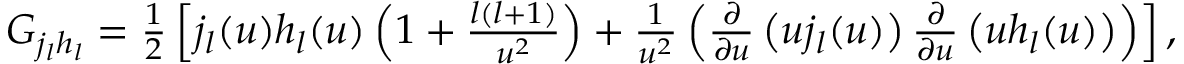
\begin{array} { r } { G _ { j _ { l } h _ { l } } = \frac { 1 } { 2 } \left[ j _ { l } ( u ) h _ { l } ( u ) \left( 1 + \frac { l ( l + 1 ) } { u ^ { 2 } } \right) + \frac { 1 } { u ^ { 2 } } \left( \frac { \partial } { \partial u } \left( u j _ { l } ( u ) \right) \frac { \partial } { \partial u } \left( u h _ { l } ( u ) \right) \right) \right] , } \end{array}